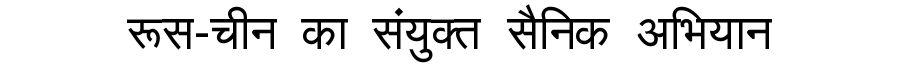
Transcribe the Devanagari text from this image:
रूस-चीन का संयुक्त सैनिक अभियान